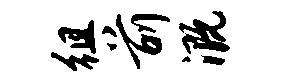
徂前溉